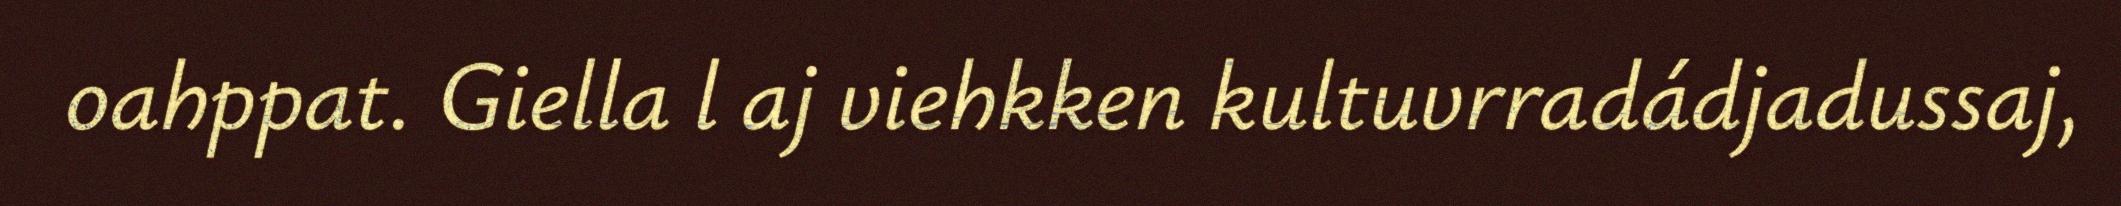
oahppat. Giella l aj viehkken kultuvrradádjadussaj,